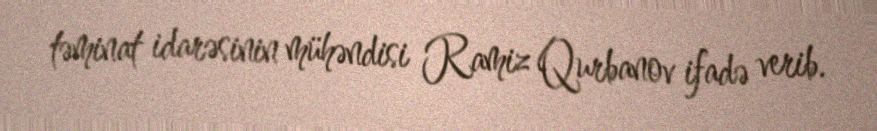
təminat idarəsinin mühəndisi Ramiz Qurbanov ifadə verib.